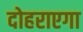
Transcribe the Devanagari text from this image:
दोहराएगा